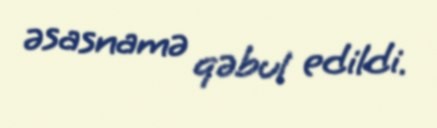
əsasnamə qəbul edildi.